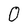
Character: O